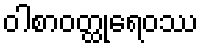
ဝါစာဝတ္ထုရေဝဿ